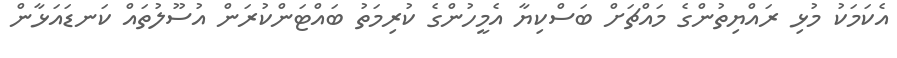
އެކަމަކު މުޅި ރައްޔިތުންގެ މައްޗަށް ބަސްކިޔާ އެމީހުންގެ ކުރިމަތު ބައްޓަންކުރަން އުސޫލުތައް ކަނޑައަޅާން